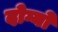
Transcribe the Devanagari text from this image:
दोग्यो